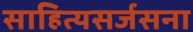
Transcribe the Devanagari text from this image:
साहित्यसर्जसना